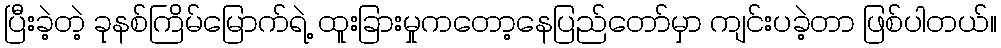
ပြီးခဲ့တဲ့ ခုနစ်ကြိမ်မြောက်ရဲ့ ထူးခြားမှုကတော့နေပြည်တော်မှာ ကျင်းပခဲ့တာ ဖြစ်ပါတယ်။